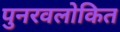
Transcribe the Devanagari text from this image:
पुनरवलोकित